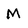
Character: M